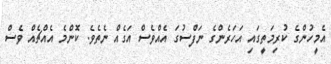
އެމީހުންގެ ކުރިމަތީގައި އަހަރެންގެ ނަފްސުގަ އެއްވެސް އަގެއް ނެތެވެ. ކޮންމެ އެއްޗެއް ވެސް